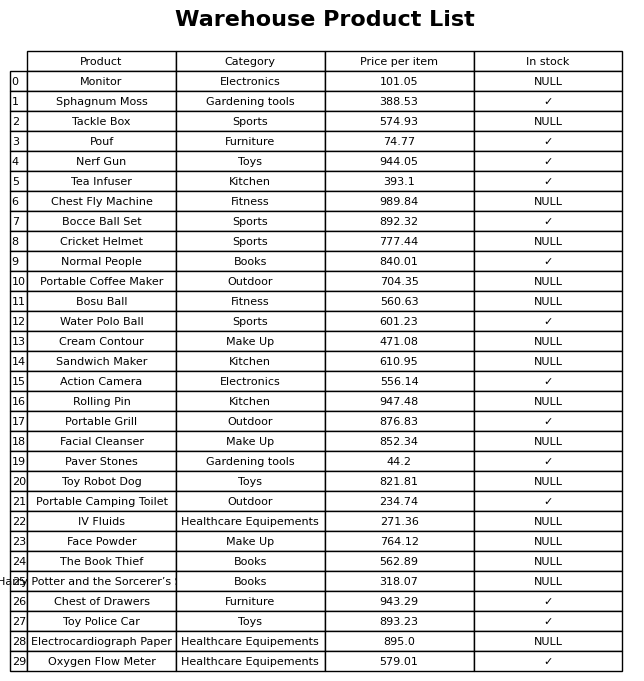
question: What is the price for Cricket Helmet?
answer: The price of Cricket Helmet is 777.44.